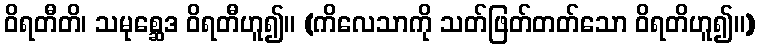
ဝိရတီတိ၊ သမုစ္ဆေဒ ဝိရတီဟူ၍။ (ကိလေသာကို သတ်ဖြတ်တတ်သော ဝိရတိဟူ၍။)